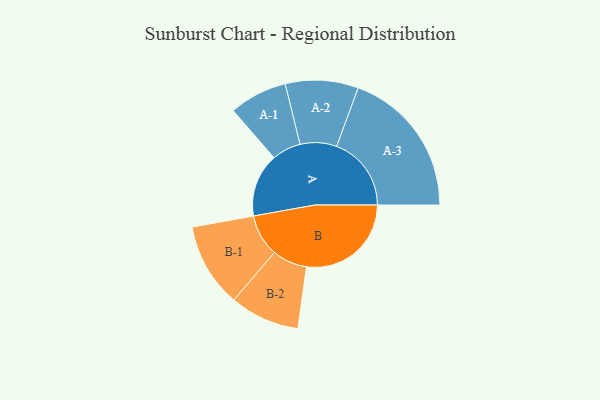
{"axis": {"x": "Segment", "y": "Value"}, "legend": ["", "A", "B"], "data": [{"x": "A", "y": 247, "type": ""}, {"x": "B", "y": 408, "type": ""}, {"x": "A-1", "y": 113, "type": "A"}, {"x": "A-2", "y": 142, "type": "A"}, {"x": "A-3", "y": 291, "type": "A"}, {"x": "B-1", "y": 164, "type": "B"}, {"x": "B-2", "y": 136, "type": "B"}]}